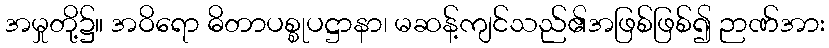
အမှုတို့၌။ အဝိရော ဓိတာပစ္စုပဋ္ဌာနာ၊ မဆန့်ကျင်သည်၏အဖြစ်ဖြစ်၍ ဉာဏ်အား